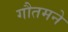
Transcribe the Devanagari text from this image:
गौतमने